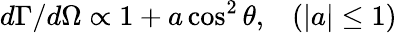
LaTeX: d\Gamma/d\Omega\propto 1+a\cos^{2}\theta,\; \; \; (|a|\leq 1)